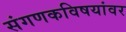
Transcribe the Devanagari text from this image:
संगणकविषयांवर